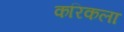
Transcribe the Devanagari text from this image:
करिकला